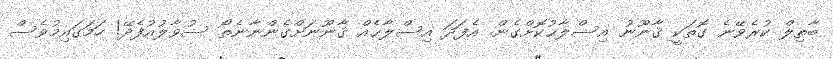
ބާތިލް ކުރެވޭނެ ގޮތަކީ ޤާނޫނު އިސްލާޙުކޮށްގެން. އެފަދަ އިސްލާޙެއް ޤާނޫނަށްގެންނާނެތޯ ސުވާލުއުފެދޭ! ހަމަގައިމުވެސް